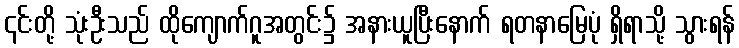
၎င်းတို့ သုံးဦးသည် ထိုကျောက်ဂူအတွင်း၌ အနားယူပြီးနောက် ရတနာမြေပုံ ရှိရာသို့ သွားရန်